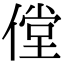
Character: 㑽